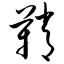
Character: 鞘